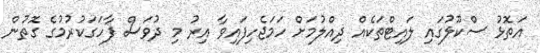
އަތޮޅު ސްކޫލުގައި ލައިޓްތަކެއް ދިއްލުމަށް ހަމަޖެހިފައިވާ އިރު މި ދުވަސް ފާހަގަކުރުމުގެ ގޮތުން